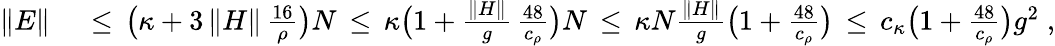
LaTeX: \begin{array}{rl}{\| E\| }&{{}\, \leq\, \big(\kappa+3\, \| H\| \, \frac{16}{\rho}\big)N\, \leq\, \kappa\big(1+\frac{\| H\| }{g}\, {\frac{48}{c_{\rho}}}\big)N\, \leq\, \kappa N\frac{\| H\| }{g}{\big(1+\frac{48}{c_{\rho}}\big)}\, \leq\, c_{\kappa}{\big(1+\frac{48}{c_{\rho}}\big)}g^{2}\; ,}\end{array}